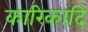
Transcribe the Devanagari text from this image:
कारिकादि